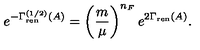
e ^ { - \Gamma _ { \mathrm { r e n } } ^ { ( 1 / 2 ) } ( A ) } = \left( { \frac { m } { \mu } } \right) ^ { n _ { F } } e ^ { 2 \Gamma _ { \mathrm { r e n } } ( A ) } .